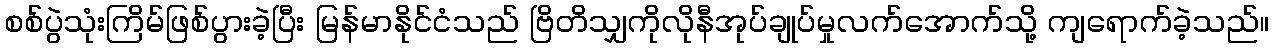
စစ်ပွဲသုံးကြိမ်ဖြစ်ပွားခဲ့ပြီး မြန်မာနိုင်ငံသည် ဗြိတိသျှကိုလိုနီအုပ်ချုပ်မှုလက်အောက်သို့ ကျရောက်ခဲ့သည်။